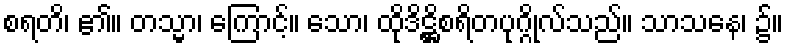
စရတိ၊ ၏။ တသ္မာ၊ ကြောင့်။ သော၊ ထိုဒိဋ္ဌိစရိတပုဂ္ဂိုလ်သည်။ သာသနေ၊ ၌။